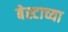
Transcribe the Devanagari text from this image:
बेस्टाच्या